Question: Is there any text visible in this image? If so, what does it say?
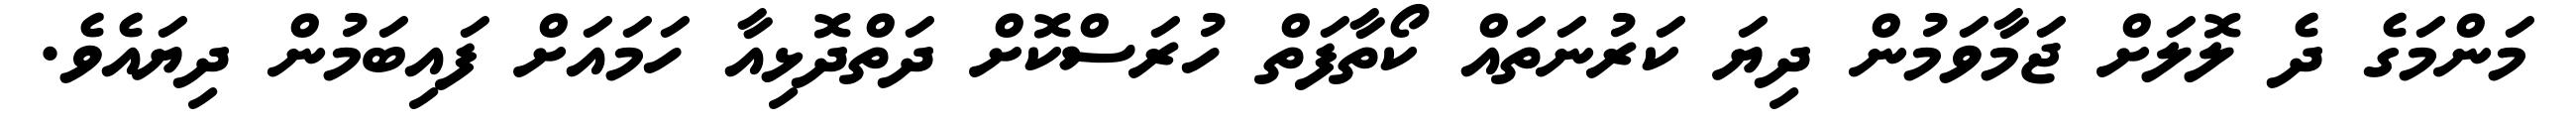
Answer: މަންމަގެ ދެ ލޮލަށް ޖަމާވަމުން ދިޔަ ކަރުނަތައް ކޯތާފަތް ހުރަސްކޮށް ދަތްދޮޅިއާ ހަމައަށް ފައިބަމުން ދިޔައެވެ.